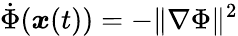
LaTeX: \dot{\Phi}({\boldsymbol x}(t))=-\| \nabla\Phi\| ^{2}